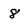
Character: 8